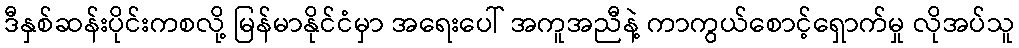
ဒီနှစ်ဆန်းပိုင်းကစလို့ မြန်မာနိုင်ငံမှာ အရေးပေါ် အကူအညီနဲ့ ကာကွယ်စောင့်ရှောက်မှု လိုအပ်သူ